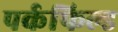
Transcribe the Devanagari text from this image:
पर्कफिल्ड